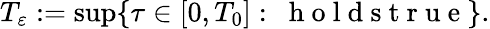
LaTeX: \begin{array}{r}{T_{\varepsilon}:=\operatorname*{sup}\{ \tau\in[0,T_{0}]:\ \mathrm{~h~o~l~d~s~t~r~u~e~}\} .}\end{array}